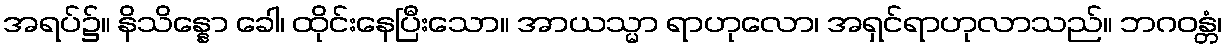
အရပ်၌။ နိသိန္နော ခေါ၊ ထိုင်းနေပြီးသော။ အာယသ္မာ ရာဟုလော၊ အရှင်ရာဟုလာသည်။ ဘဂဝန္တံ၊